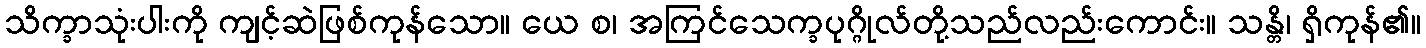
သိက္ခာသုံးပါးကို ကျင့်ဆဲဖြစ်ကုန်သော။ ယေ စ၊ အကြင်သေက္ခပုဂ္ဂိုလ်တို့သည်လည်းကောင်း။ သန္တိ၊ ရှိကုန်၏။